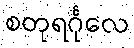
စတုရင်္ဂုလေ